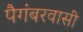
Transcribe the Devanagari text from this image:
पैगंबरवासी